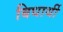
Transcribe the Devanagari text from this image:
बिधार्थी